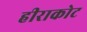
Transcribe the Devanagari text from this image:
हीराकोट